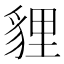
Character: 貍